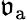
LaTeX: \mathfrak{v}_{\mathrm{a}}